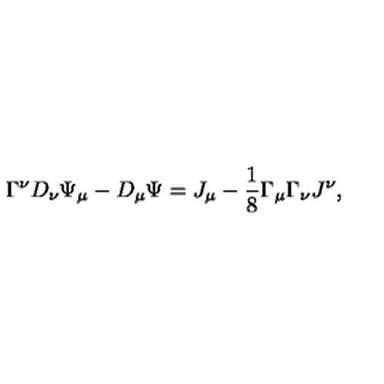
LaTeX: \Gamma ^ { \nu } D _ { \nu } \Psi _ { \mu } - D _ { \mu } \Psi = J _ { \mu } - \frac { 1 } { 8 } \Gamma _ { \mu } \Gamma _ { \nu } J ^ { \nu } ,